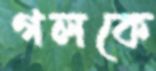
গলকে